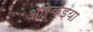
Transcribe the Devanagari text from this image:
आर्केइया